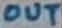
Text: OUT